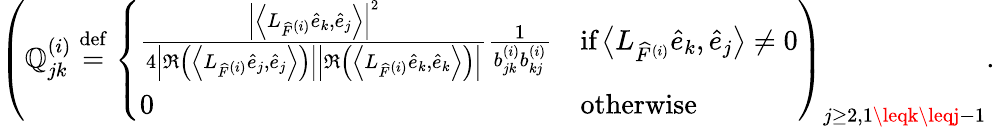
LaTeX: \left(\mathbb{Q}_{jk}^{(i)}\stackrel{\mathrm{{def}}}{=}\left\{ \begin{array}{ll}{\frac{\left|\left\langle L_{\widehat{F}^{(i)}}\widehat{e}_{k},\widehat{e}_{j}\right\rangle\right|^{2}}{4\left|\Re\left(\left\langle L_{\widehat{F}^{(i)}}\widehat{e}_{j},\widehat{e}_{j}\right\rangle\right)\right|\left|\Re\left(\left\langle L_{\widehat{F}^{(i)}}\widehat{e}_{k},\widehat{e}_{k}\right\rangle\right)\right|}\frac{1}{b_{jk}^{(i)}b_{kj}^{(i)}}}&{\textrm{if}\left\langle L_{\widehat{F}^{(i)}}\widehat{e}_{k},\widehat{e}_{j}\right\rangle\neq 0}\\ {0}&{\textrm{otherwise}}\end{array}\right.\right)_{j\geq2,1\leqk\leqj-1}.